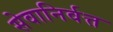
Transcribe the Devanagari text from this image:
सेवानिर्वत्त